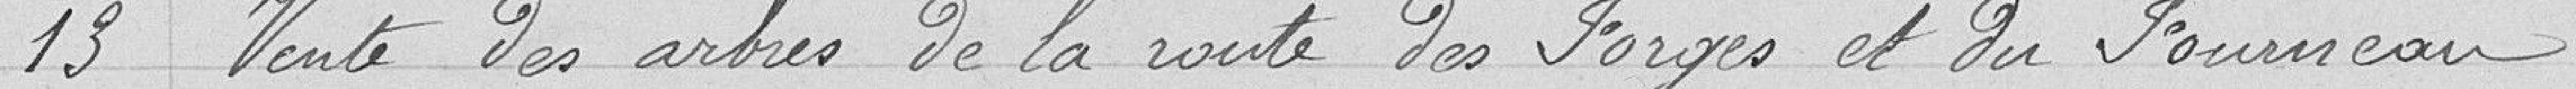
13 Vente des arbres de la route des Forges et du Fourneau